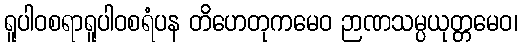
ရူပါဝစရာရူပါဝစရံပန တိဟေတုကမေဝ ဉာဏသမ္ပယုတ္တမေဝ၊